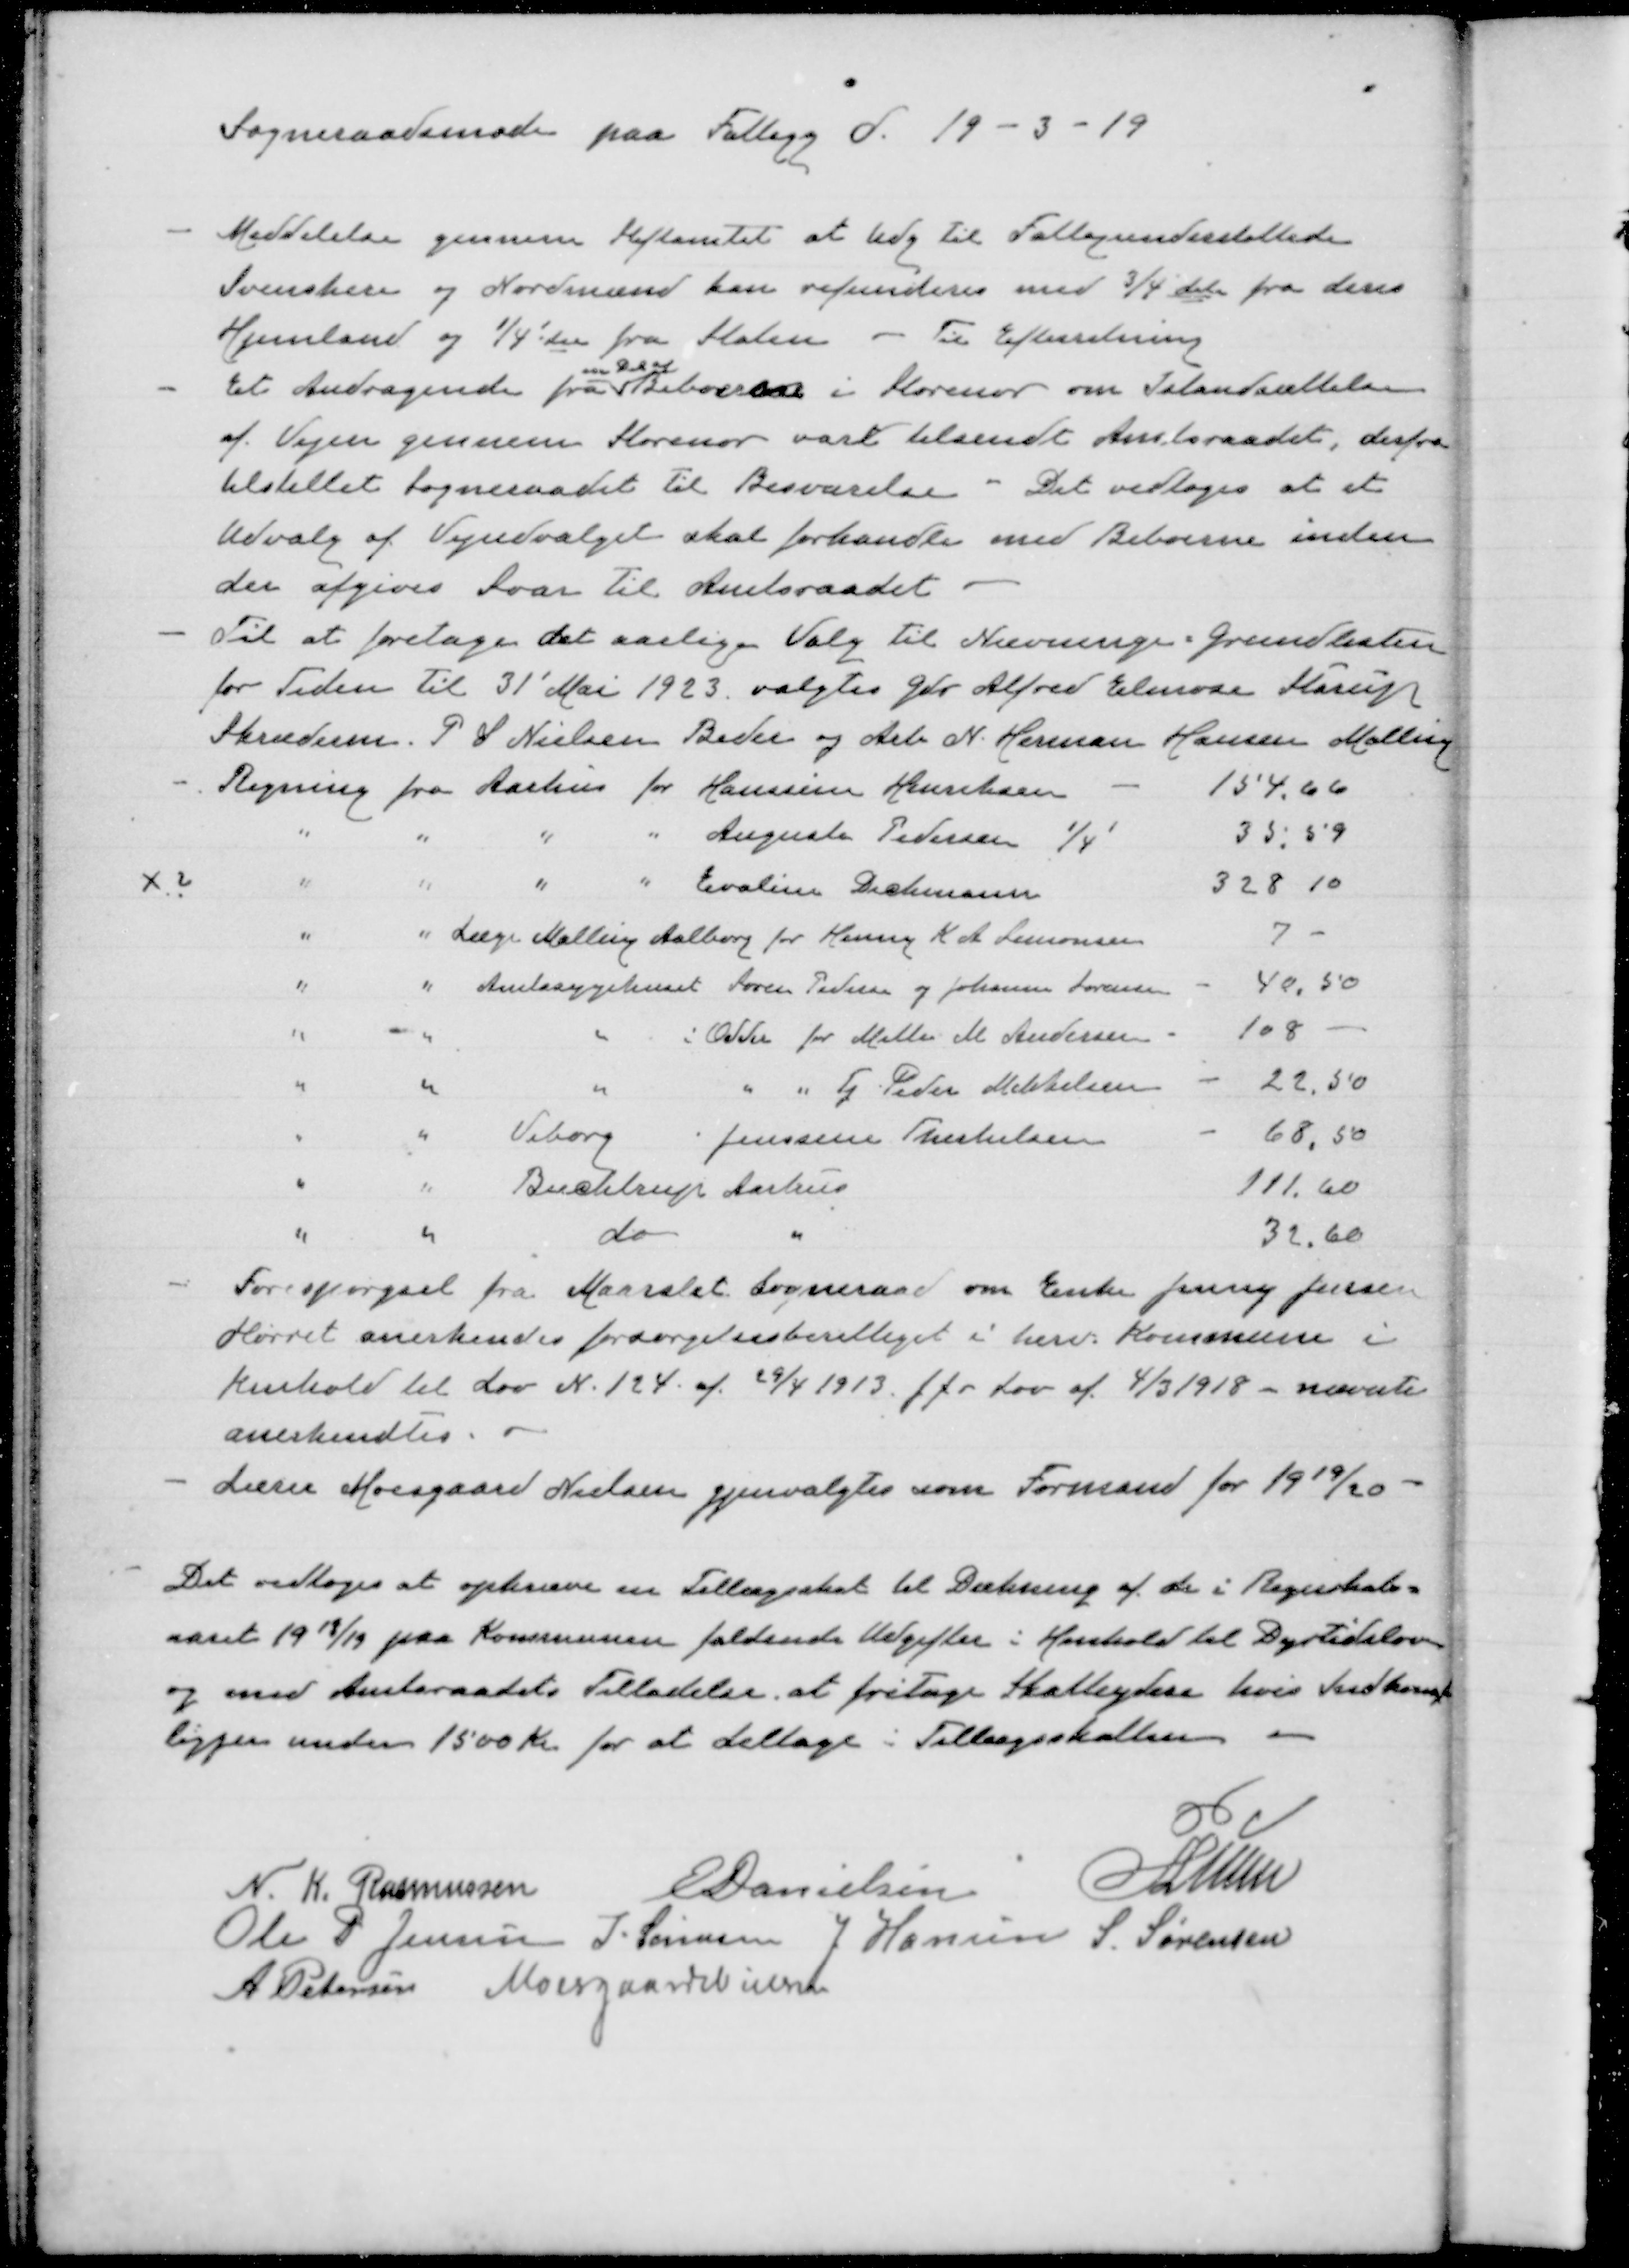
Transskription:
Sogneraadsmøde paa Fattigg. d. 19 - 3 - 19

Meddelelse gennem stiftamtet at udg til Fattigunderstøttede
Svenskere og Nordmænd kan refunderes med 3/4 dele fra deres
Hjemland og 1/4' del fra Staten - Til efterretning
Et Andragende fra 
en Del af
Beboerne i Storenor om Istandsættelse
af Vejen gennem Storenor var tilsendt Amtsraadet, derfra
tilstillet Sogneraadet til Besvarelse - Det vedtoges at et
Udvalg af Vejudvalget skal forhandle med Beboerne inden
der afgives svar til Amtsraadet.
Til at foretage det aarlige Valg til Nævninge. Grundlisten
for Tiden til 31' Mai 1923 valgtes gdr. Alfred Elmose Starup 
Skræderm P S Nielsen Beder og Arb N. Herman Hansen Malling

Forespørgsel fra Maarslet Sogneraad om Enke Jenny Jensen
Hørret anerkendes  forsørgelsesberettiget i herv Kommune i
Henhold til Lov N. 124 af 29/4 1913 jfr Lov af 4/3 1918 - nævnte
anerkendtes.
Lærer Moesgaard Nielsen gjenvalgtes som Formand for 1919/20

Det vedtoges at opkræve en Tillægsskat til Dækning af de i Regnskabs-
aaret 1918/19 paa Kommunen faldende udgifter i Henhold til Dyrtidslov
og med Amtsraadets Tilladelse at fritage Skatteydere hvis Indkomst
ligger under 1500 Kr for at deltage i Tillægsskatten

N. K. Rasmussen
E Danielsen
P Lunn
Ole P. Jensen
J Sørensen
J Hansen
S Sørensen
A Petersen
Moesgaard Nielsen